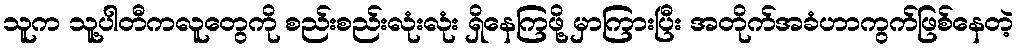
သူက သူ့ပါတီကလူတွေကို စည်းစည်းလုံးလုံး ရှိနေကြဖို့ မှာကြားပြီး အတိုက်အခံဟာကွက်ဖြစ်နေတဲ့